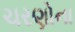
ચરણોના